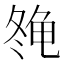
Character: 𱍇